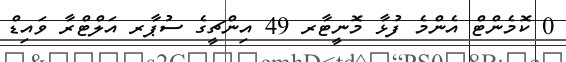
0 ކޮމެންޓް އެންމެ ފުޅާ މޮނީޓާރ 49 އިންޗީގެ ސުޕާރ އަލްޓްރާ ވައިޑް